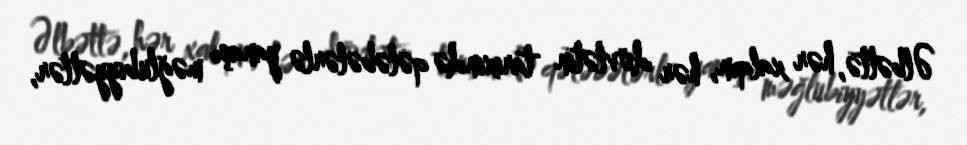
Əlbəttə, hər xalqın, hər dövlətin tarixində qələbələrlə yanaşı məğlubiyyətlər,